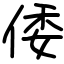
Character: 倭